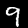
Digit: 9